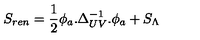
S _ { r e n } = \frac { 1 } { 2 } \phi _ { a } . \Delta _ { U V } ^ { - 1 } . \phi _ { a } + S _ { \Lambda }